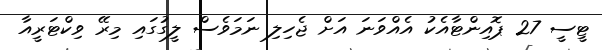
ޓީސީ 27 ޕޮއިންޓާއެކު އެއްވަނަ އަށް ޖެހިލި ނަމަވެސް ލީގުގައި މިރޭ ވިކްޓަރީއާ